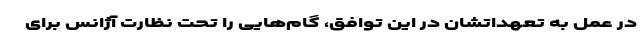
در عمل به تعهداتشان در این توافق، گام‌هایی را تحت نظارت آژانس برای